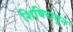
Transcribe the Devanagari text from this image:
शिबिरातून